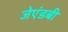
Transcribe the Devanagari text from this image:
जेएंडबी